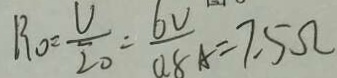
R _ { 0 } = \frac { U } { 2 0 } = \frac { 6 V } { 0 . 8 A } = 7 . 5 \Omega